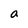
Character: a